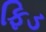
ફિડ